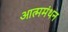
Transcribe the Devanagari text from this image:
आत्ममंथन